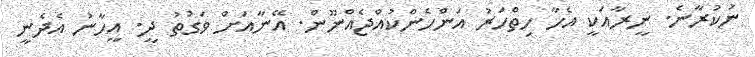
ނުކުރާނެ. ނީރާއަކީ އެހާ ހިތްހަރު އަންހެންކުއްޖެއްނޫން. އޭނާއަށް ވަގުތު ދީ. އީހާނު އެދެނީ